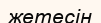
жетесін